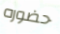
حضوره